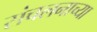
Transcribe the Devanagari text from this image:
संचलनाच्या